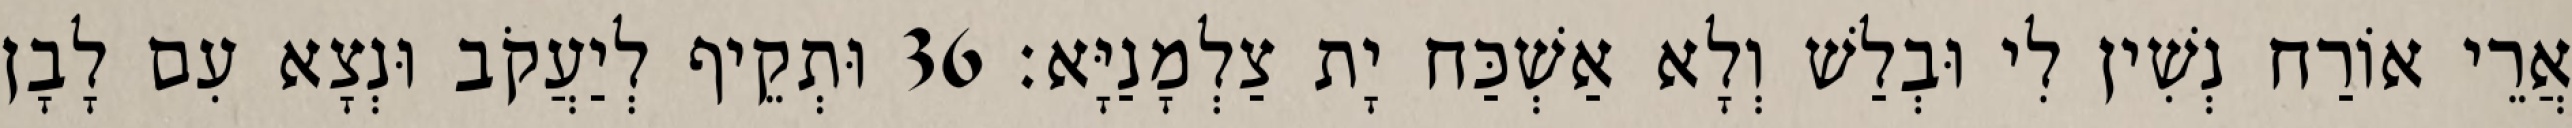
אֲרֵי אוֹרַח נְשִׁין לִי וּבְלַשׁ וְלָא אַשְׁכַּח יָת צַלְמָנַיָּא׃ 36 וּתְקֵיף לְיַעֲקֹב וּנְצָא עִם לָבָן